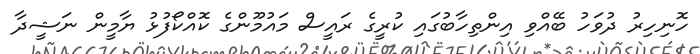
ހޮނިހިރު ދުވަހު ބޭއްވި އިންތިހާބުގައި ކުރީގެ ރައީސް މައުމޫންގެ ކޮއްކޯފުޅު ޔާމީން ނަޝީދާ